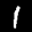
Label: 1